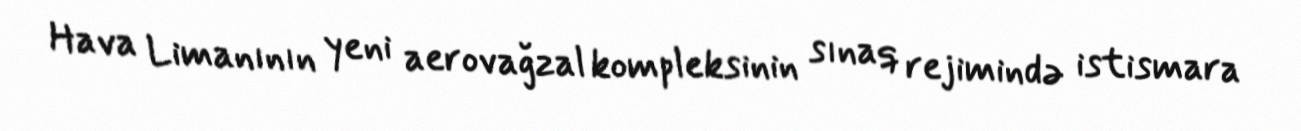
Hava Limanının yeni aerovağzal kompleksinin sınaq rejimində istismara